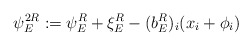
\begin{align*}\psi_E^{2R}:=\psi_E^R+\xi_E^R-(b_E^R)_i (x_i+\phi_i)\end{align*}